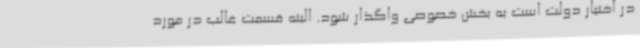
در اختیار دولت است به بخش خصوصی واگذار شود. البته قسمت غالب در مورد